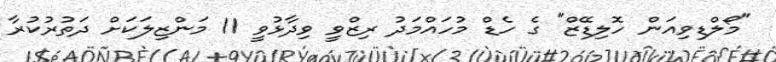
"މޯލްޑިވިއަން ހޮލިޑޭޒް" ގެ ހެޑް މުހައްމަދު ރިޒްވީ ވިދާޅުވީ 11 މަންޒިލަކަށް ދަތުރުކުރާ